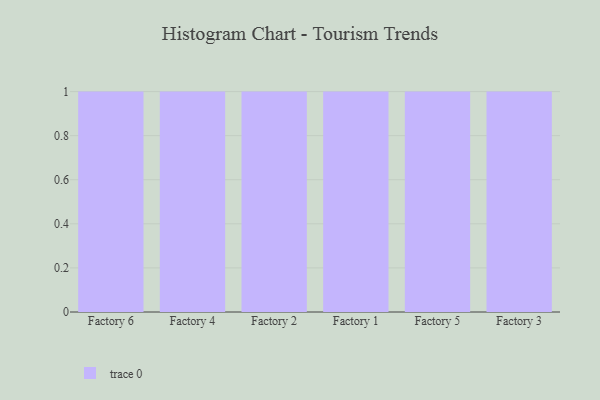
{"axis": {"x": "Factory", "y": "Demand Index"}, "legend": [""], "data": [{"x": "Factory 6", "y": 88, "type": ""}, {"x": "Factory 4", "y": 37, "type": ""}, {"x": "Factory 2", "y": 72, "type": ""}, {"x": "Factory 1", "y": 62, "type": ""}, {"x": "Factory 5", "y": 41, "type": ""}, {"x": "Factory 3", "y": 15, "type": ""}]}